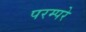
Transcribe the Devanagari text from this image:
परम्परे